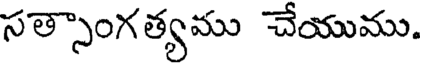
సత్సాంగత్యము చేయుము.